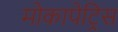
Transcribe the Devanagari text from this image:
मोकापेट्रिस